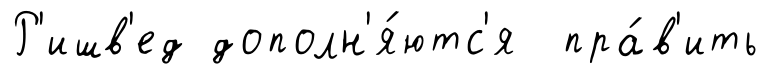
Р'ишв'ед дополн'я́ютс'я пра́в'ить